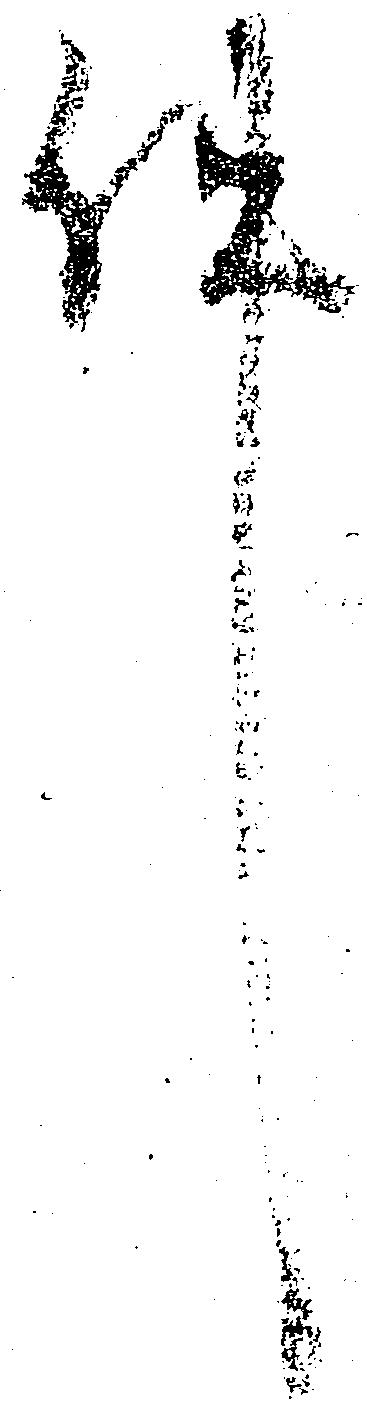
件